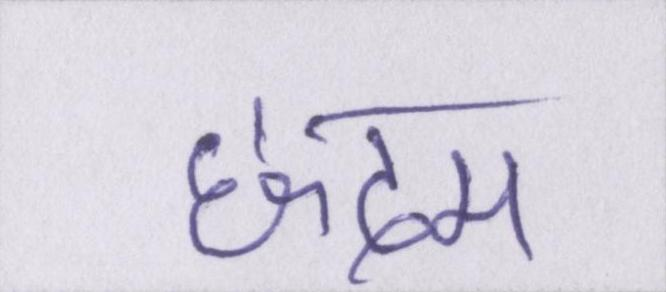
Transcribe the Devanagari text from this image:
छदम